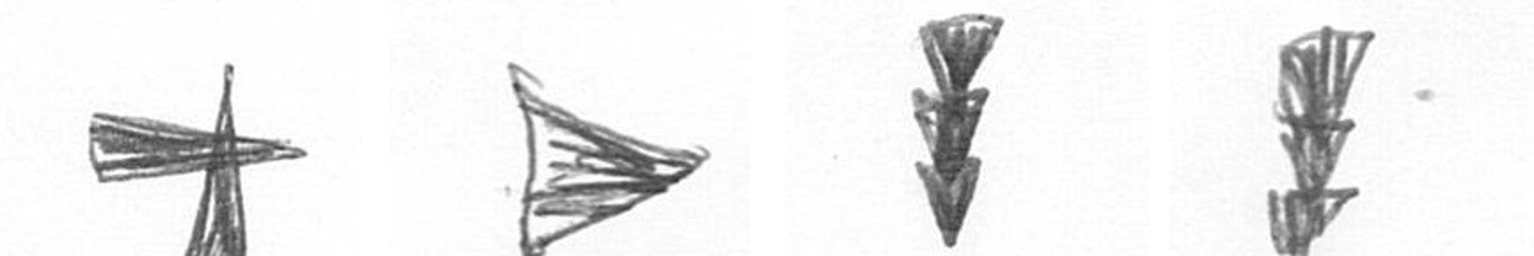
G T E E